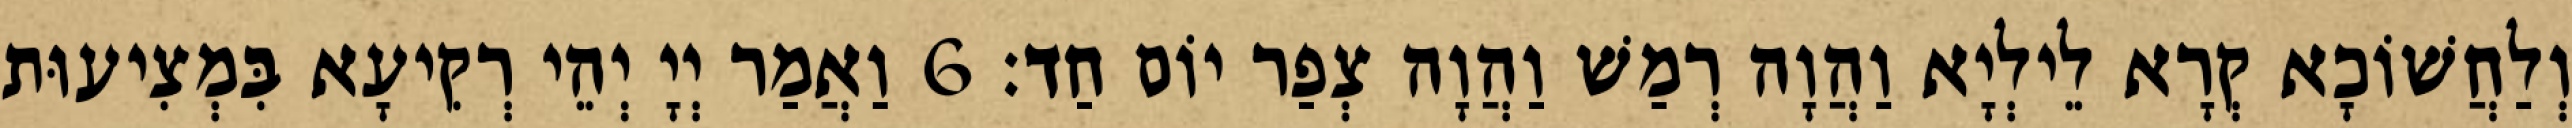
וְלַחֲשׁוֹכָא קְרָא לֵילְיָא וַהֲוָה רְמַשׁ וַהֲוָה צְפַר יוֹם חַד׃ 6 וַאֲמַר יְיָ יְהֵי רְקִיעָא בִּמְצִיעוּת